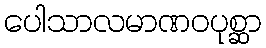
ပေါသာလမာဏဝပုစ္ဆာ